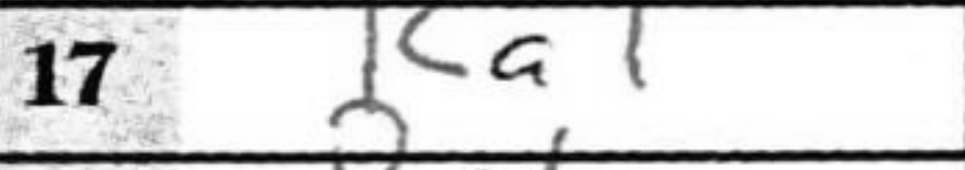
Transcription: Ra1